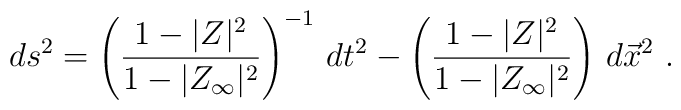
ds^2 = \left({1-|Z|^2\over 1-|Z_\infty|^2}\right)^{-1}\, dt^2 -\left({1-|Z|^2\over 1-|Z_\infty|^2}\right)\,d\vec x^2 \ .